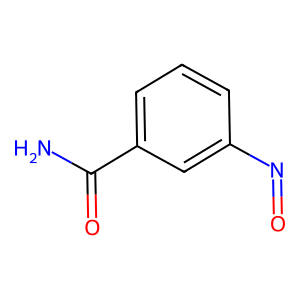
SMILES: NC(=O)c1cccc(N=O)c1
Inhibits HIV replication: No